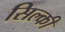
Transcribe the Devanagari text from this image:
सिल्की